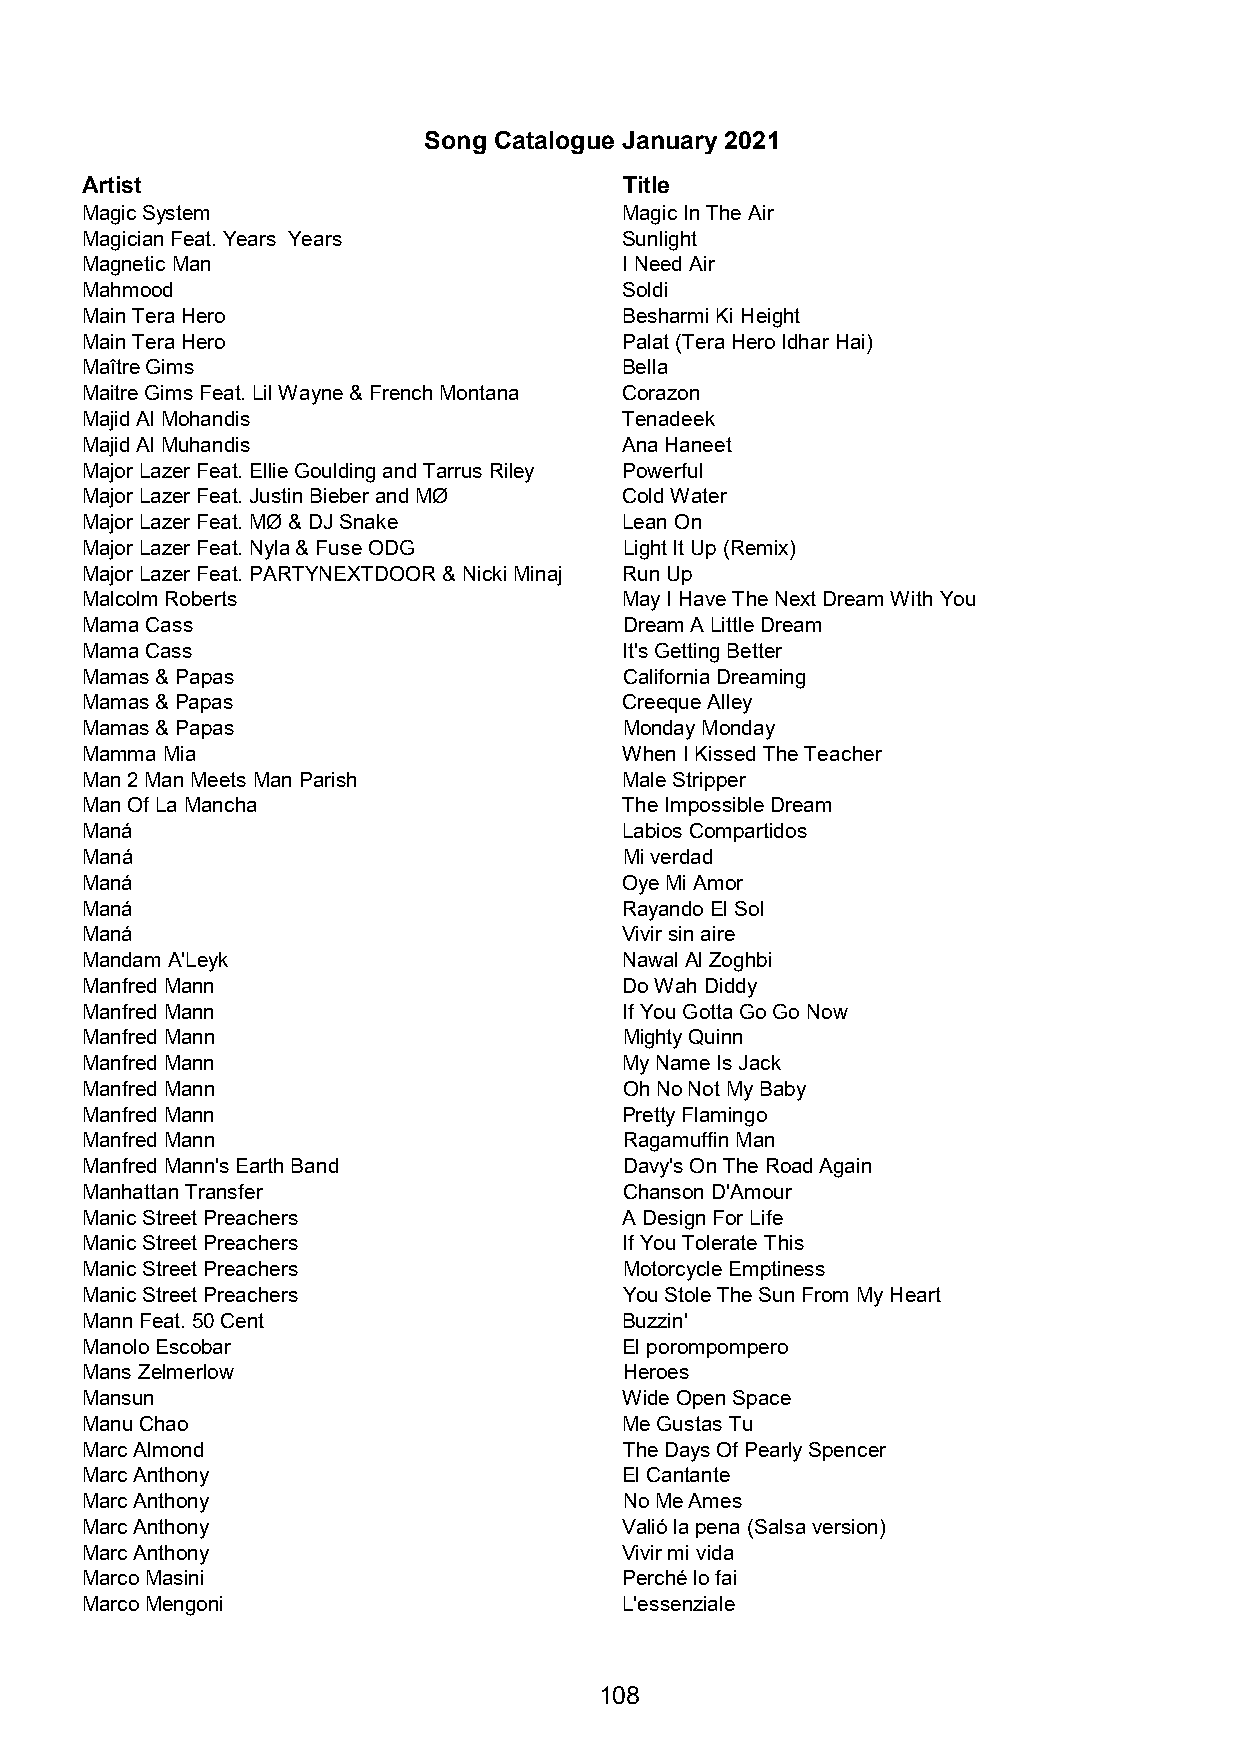
Song Catalogue January 2021
 Artist                              Title
 Magic System                        Magic In The Air
 Magician Feat. Years Years          Sunlight
 Magnetic Man                        I Need Air
 Mahmood                             Soldi
 Main Tera Hero                      Besharmi Ki Height
 Main Tera Hero                      Palat (Tera Hero Idhar Hai)
 Maître Gims                         Bella
 Maitre Gims Feat. Lil Wayne & French Montana Corazon
 Majid Al Mohandis                   Tenadeek
 Majid Al Muhandis                   Ana Haneet
 Major Lazer Feat. Ellie Goulding and Tarrus Riley Powerful
 Major Lazer Feat. Justin Bieber and MØ Cold Water
 Major Lazer Feat. MØ & DJ Snake     Lean On
 Major Lazer Feat. Nyla & Fuse ODG   Light It Up (Remix)
 Major Lazer Feat. PARTYNEXTDOOR & Nicki Minaj Run Up
 Malcolm Roberts                     May I Have The Next Dream With You
 Mama Cass                           Dream A Little Dream
 Mama Cass                           It's Getting Better
 Mamas & Papas                       California Dreaming
 Mamas & Papas                       Creeque Alley
 Mamas & Papas                       Monday Monday
 Mamma Mia                           When I Kissed The Teacher
 Man 2 Man Meets Man Parish          Male Stripper
 Man Of La Mancha                    The Impossible Dream
 Maná                                Labios Compartidos
 Maná                                Mi verdad
 Maná                                Oye Mi Amor
 Maná                                Rayando El Sol
 Maná                                Vivir sin aire
 Mandam A'Leyk                       Nawal Al Zoghbi
 Manfred Mann                        Do Wah Diddy
 Manfred Mann                        If You Gotta Go Go Now
 Manfred Mann                        Mighty Quinn
 Manfred Mann                        My Name Is Jack
 Manfred Mann                        Oh No Not My Baby
 Manfred Mann                        Pretty Flamingo
 Manfred Mann                        Ragamuffin Man
 Manfred Mann's Earth Band           Davy's On The Road Again
 Manhattan Transfer                  Chanson D'Amour
 Manic Street Preachers              A Design For Life
 Manic Street Preachers              If You Tolerate This
 Manic Street Preachers              Motorcycle Emptiness
 Manic Street Preachers              You Stole The Sun From My Heart
 Mann Feat. 50 Cent                  Buzzin'
 Manolo Escobar                      El porompompero
 Mans Zelmerlow                      Heroes
 Mansun                              Wide Open Space
 Manu Chao                           Me Gustas Tu
 Marc Almond                         The Days Of Pearly Spencer
 Marc Anthony                        El Cantante
 Marc Anthony                        No Me Ames
 Marc Anthony                        Valió la pena (Salsa version)
 Marc Anthony                        Vivir mi vida
 Marco Masini                        Perché lo fai
 Marco Mengoni                       L'essenziale
 108